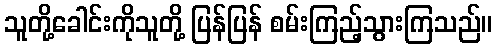
သူတို့ခေါင်းကိုသူတို့ ပြန်ပြန် စမ်းကြည့်သွားကြသည်။